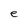
Character: e